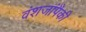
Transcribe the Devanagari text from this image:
वंशजांपैकी